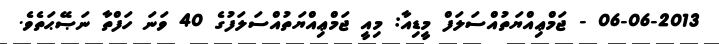
06-06-2013 - ޖަމްޢިއްޔަތުއްސަލަފް މީޑިއާ: މިއީ ޖަމްޢިއްޔަތުއްސަލަފުގެ 40 ވަނަ ހަފްތާ ނަޞޭޙަތެވެ.